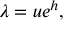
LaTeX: \lambda = u e ^ { h } ,